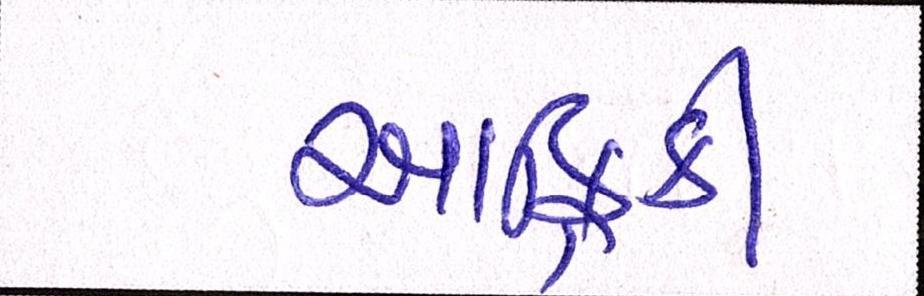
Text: આફ્રિકી